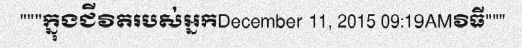
"""ក្នុងជីវិតរបស់អ្នកDecember 11, 2015 09:19AMវិធី"""